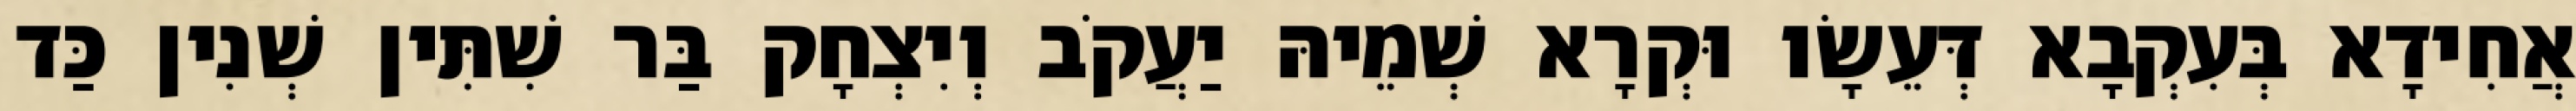
אֲחִידָא בְּעִקְבָא דְּעֵשָׂו וּקְרָא שְׁמֵיהּ יַעֲקֹב וְיִצְחָק בַּר שִׁתִּין שְׁנִין כַּד